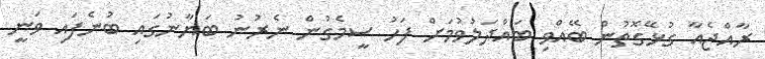
ރާއްޖެއާ ގުޅޭގޮތުން ބޭއްވި ބައްދަލުވުމަށް ފަހު ސީމެގުން ނެރުނު ބަޔާނުގައި ބުނެފައި ވަނީ